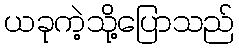
ယခုကဲ့သို့ပြောသည်